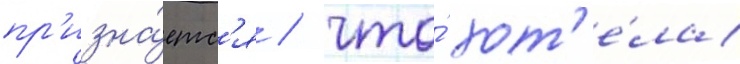
пр'изна́етс'я / что́ хот'е́ла